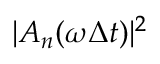
\vert A _ { n } ( \omega \Delta t ) \vert ^ { 2 }